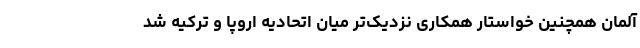
آلمان همچنین خواستار همکاری نزدیک‌تر میان اتحادیه اروپا و ترکیه شد